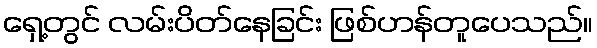
ရှေ့တွင် လမ်းပိတ်နေခြင်း ဖြစ်ဟန်တူပေသည်။